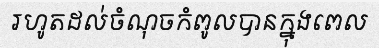
រហូតដល់ចំណុចកំពូលបានក្នុងពេល